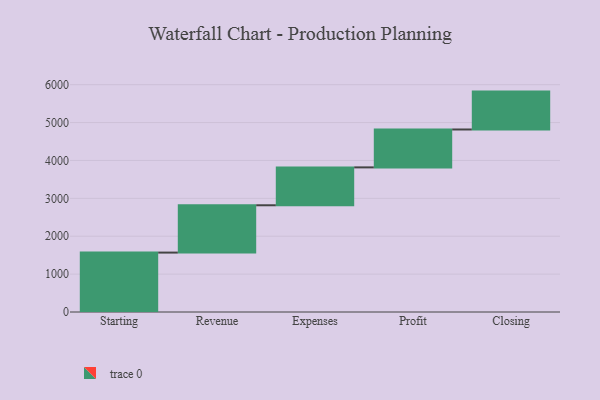
{"axis": {"x": "Step", "y": "Value"}, "legend": [""], "data": [{"x": "Starting", "y": 1568.0, "type": ""}, {"x": "Revenue", "y": 1249.0, "type": ""}, {"x": "Expenses", "y": 1000, "type": ""}, {"x": "Profit", "y": 1000, "type": ""}, {"x": "Closing", "y": 1000, "type": ""}]}